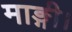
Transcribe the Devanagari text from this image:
माङ्गी।